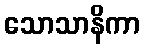
သောသာနိကာ